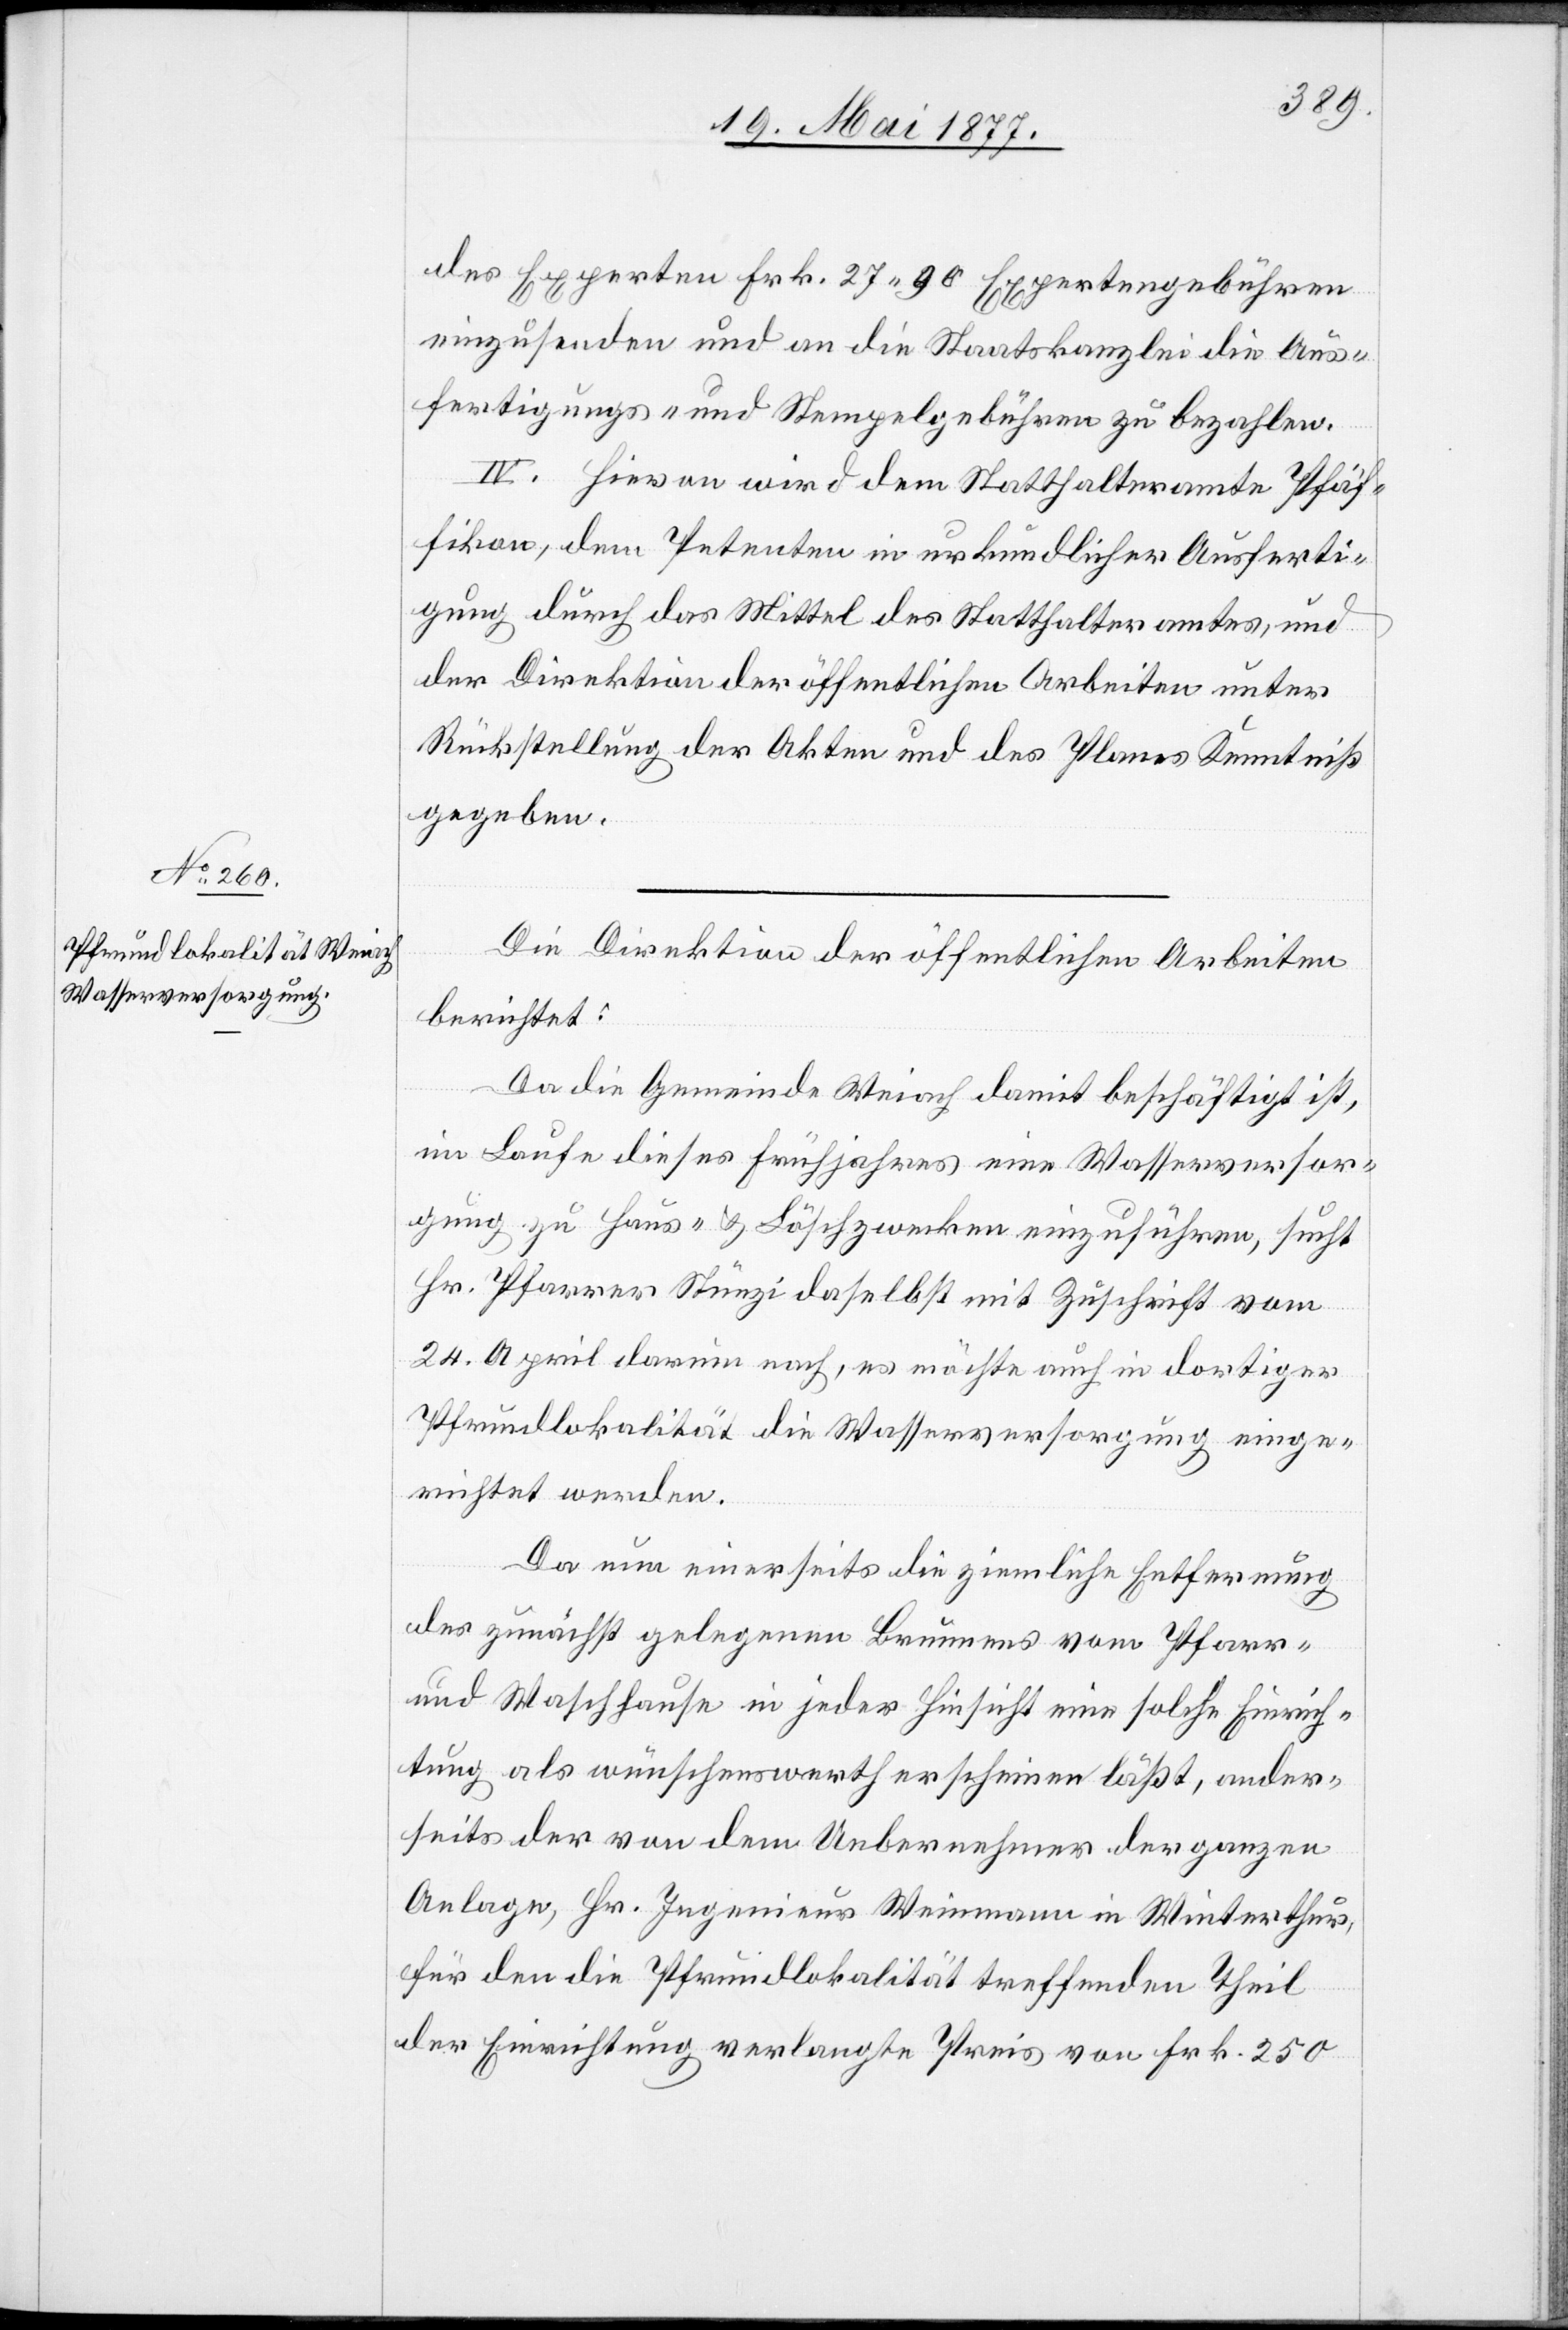
des Experten Frk. 27 90 Expertengebühren
einzusenden und an die Staatskanzlei die Aus¬
fertigungs- und Stempelgebühren zu bezahlen.
IV. Hievon wird dem Statthalteramte Pfäf¬
fikon, dem Petenten in urkundlicher Ausferti¬
gung durch das Mittel des Statthalteramtes, und
der Direktion der öffentlichen Arbeiten unter
Rückstellung der Akten und des Planes Kenntniß
gegeben.
Die Direktion der öffentlichen Arbeiten
berichtet:
Da die Gemeinde Weiach damit beschäftigt ist,
im Laufe dieses Frühjahres eine Wasserversor¬
gung zu Haus- & Löschzwecken einzuführen, sucht
Hr. Pfarrer Stünzi daselbst mit Zuschrift vom
24. April darum nach, es möchte auch in dortiger
Pfrundlokalität die Wasserversorgung einge¬
richtet werden.
Da nun einerseits die ziemliche Entfernung
des zunächst gelegenen Brunnens vom Pfarr-
und Waschhause in jeder Hinsicht eine solche Einrich¬
tung als wünschenswerth erscheinen läßt, ander¬
seits der von dem Uebernehmer der ganzen
Anlage, Hr. Ingenieur Weinmann in Winterthur,
für den die Pfrundlokalität treffenden Theil
der Einrichtung verlangte Preis von Frk. 250